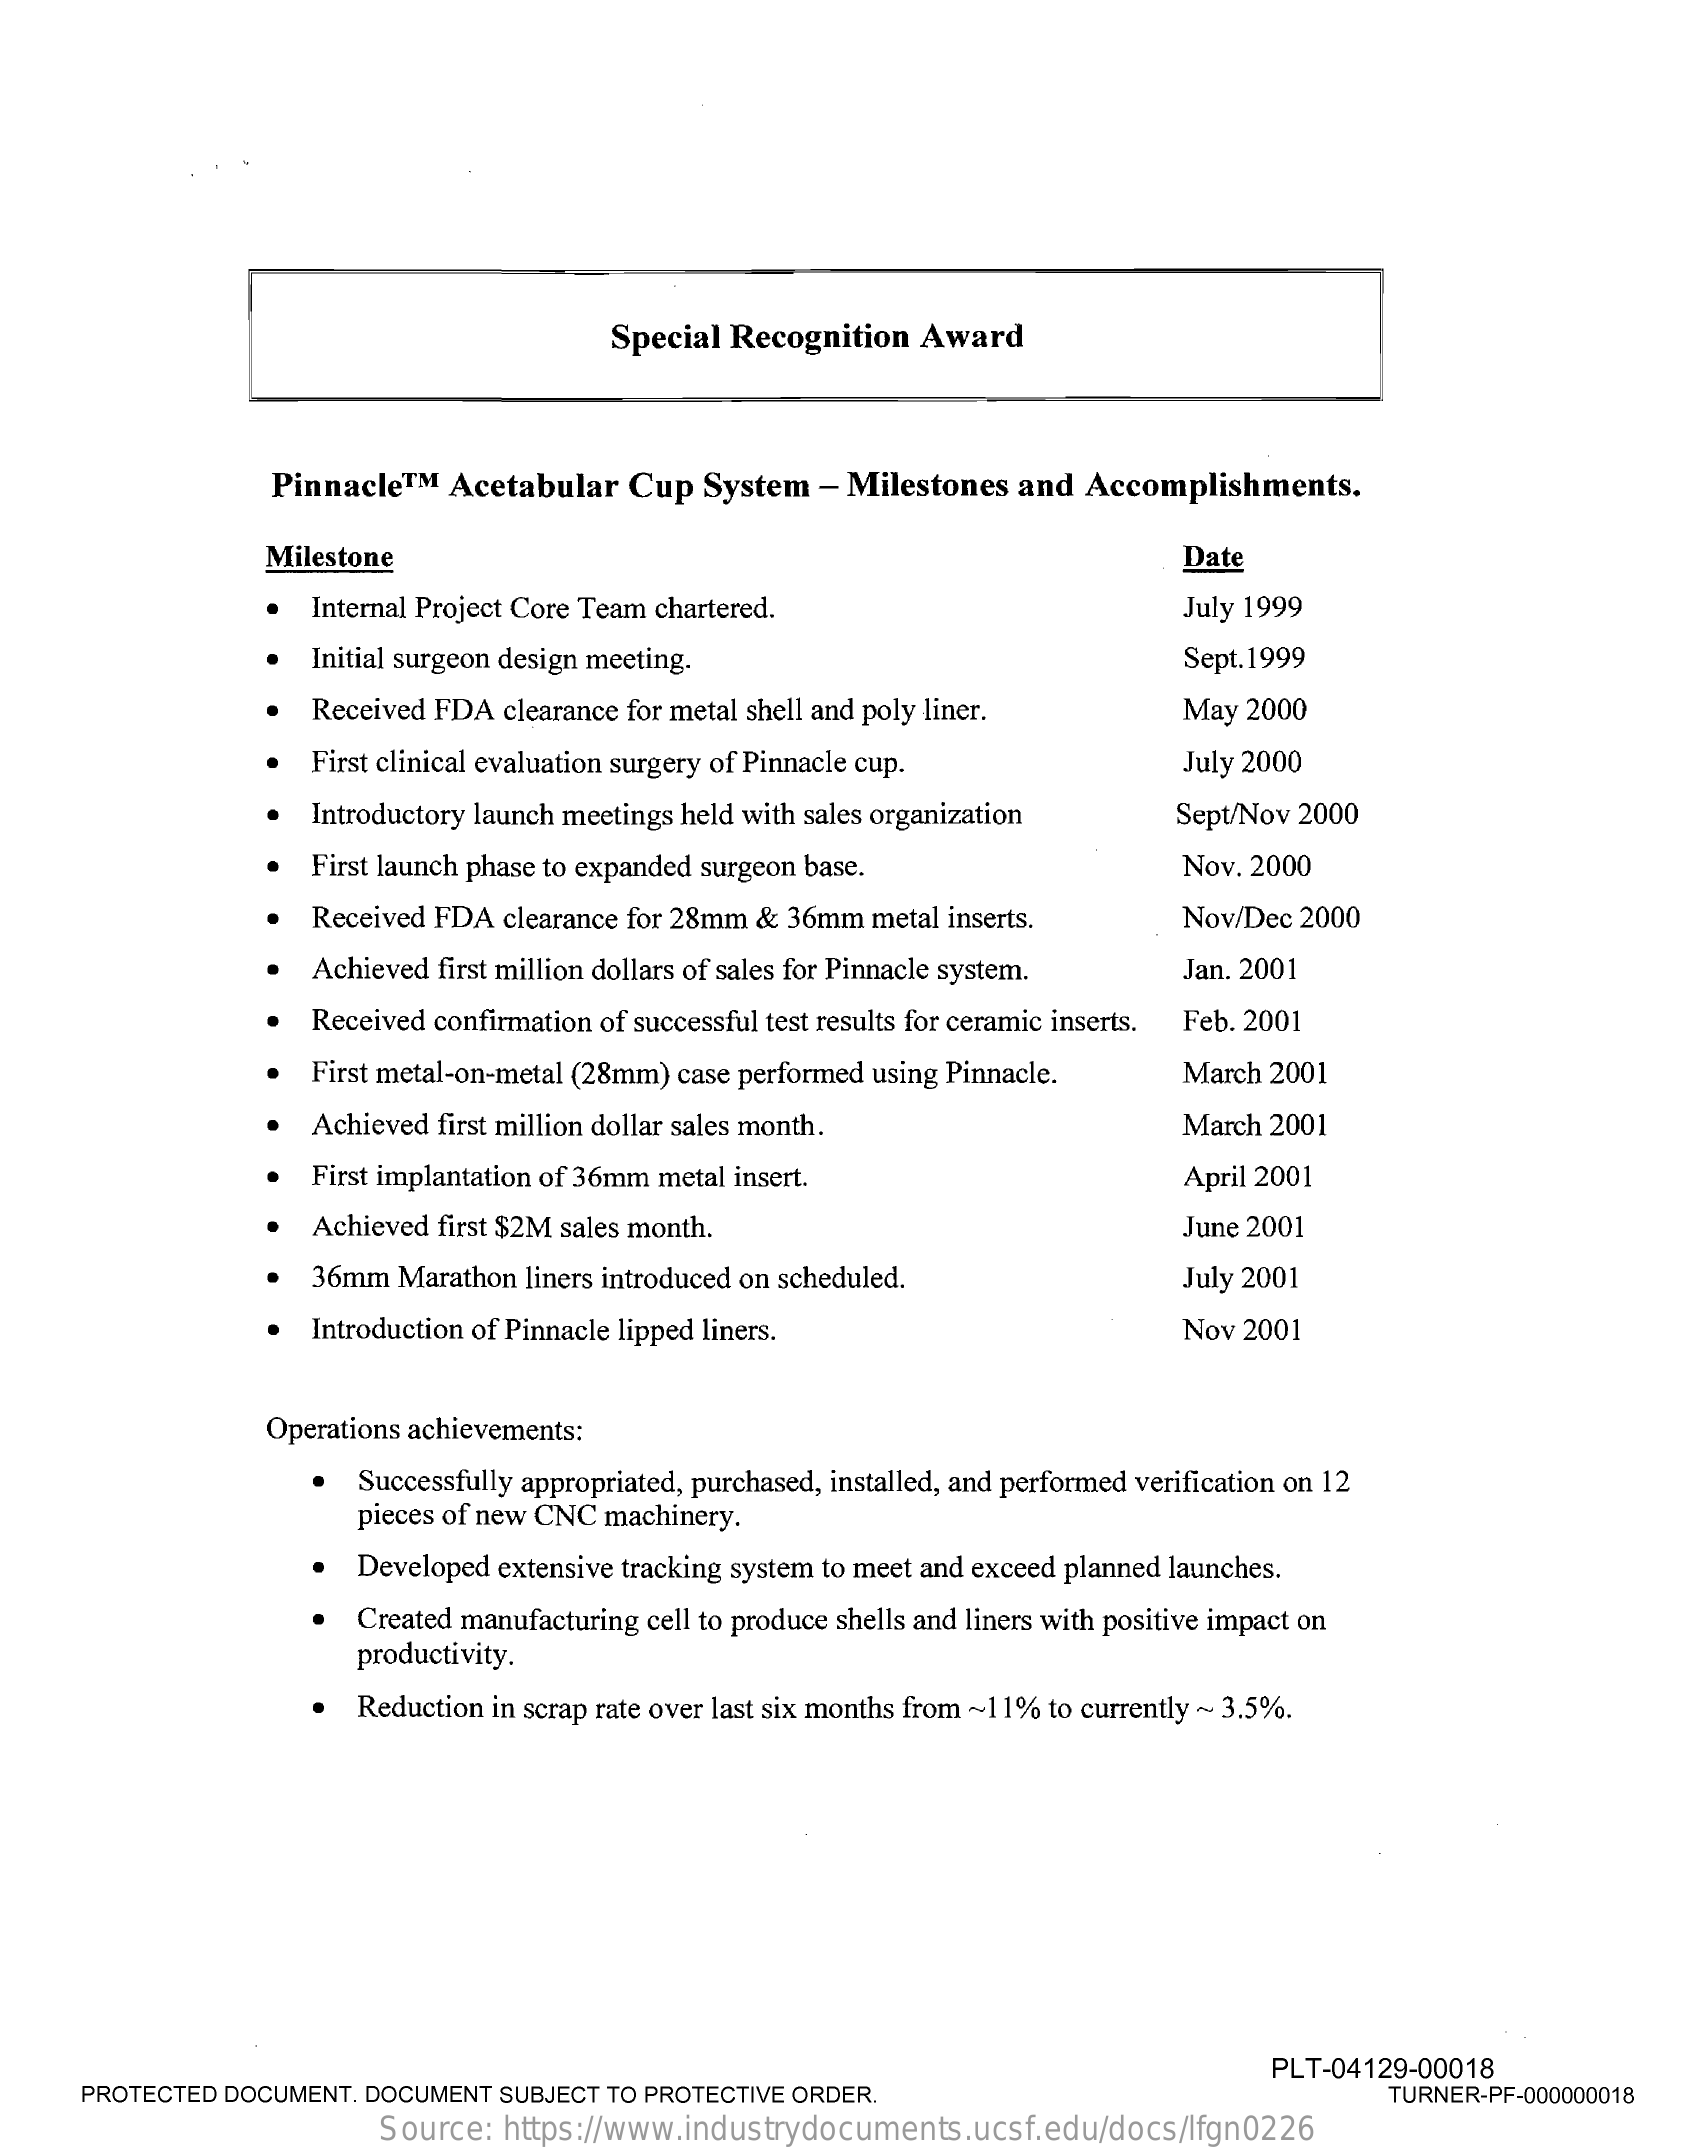
Special Recognition    Award
     Pinnacle  ™ M Acetabular  Cup  System   - Milestones   and  Accomplishments.
     Milestone    Date
     Internal Project Core Team chartered.    July 1999
     Initial surgeon design meeting.    Sept.1999
     Received FDA  clearance for metal shell and poly liner.    May  2000
     First clinical evaluation surgery of Pinnacle cup.    July 2000
     Introductory launch meetings held with sales organization    Sept/Nov 2000
     First launch phase to expanded surgeon base.    Nov. 2000
     Received FDA  clearance for 28mm & 36mm  metal inserts.    Nov/Dec 2000
     Achieved first million dollars of sales for Pinnacle system.    Jan. 2001
     Received confirmation of successful test results for ceramic inserts. Feb. 2001
     First metal-on-metal (28mm) case performed using Pinnacle.    March 2001
     Achieved first million dollar sales month.    March 2001
     First implantation of 36mm metal insert.    April 2001
     Achieved first $2M sales month.    June 2001
     36mm  Marathon  liners introduced on scheduled.    July 2001
     Introduction of Pinnacle lipped liners.    Nov 2001
     Operations achievements:
     Successfully appropriated, purchased, installed, and performed verification on 12
     pieces of new CNC machinery.
     Developed extensive tracking system to meet and exceed planned launches.
     productivity.
     Created manufacturing cell to produce shells and liners with positive impact on
     Reduction in scrap rate over last six months from ~11% to currently ~ 3.5%.
     PROTECTED  DOCUMENT. DOCUMENT  SUBJECT TO PROTECTIVE ORDER.
     PLT-04129-00018
     TURNER-PF-000000018
     Source:   https://www.industrydocuments.ucsf.edu/docs/lfgn0226